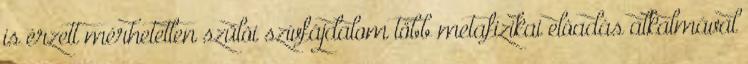
is érzett mérhetetlen szülõi szívfájdalom több metafizikai elõadás alkalmával